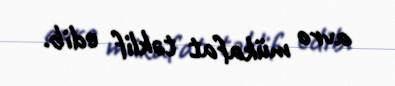
avro mükafat təklif edib.